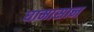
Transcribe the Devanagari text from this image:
घामासान